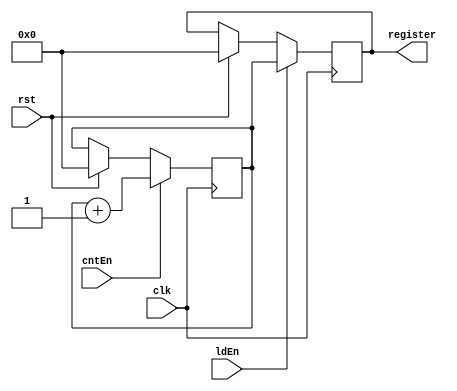
`timescale 1ps/1ps
module DataPath(output reg [7:0] register, input clk, ldEn, cntEn, rst);
reg [7:0] count;
always@(posedge clk) begin
	if(rst)begin
		count <= 8'b0;
	end
		
	if(cntEn) begin
		count <= count + 1;

	end
end

always @(posedge clk) begin
 	if(rst)begin
		register <= 8'b0;
	end
 	if (ldEn)begin
 		register <= count;
	end
end

endmodule